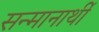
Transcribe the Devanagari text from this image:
सन्मानार्थी